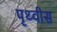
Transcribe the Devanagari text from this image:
पृथ्वीस